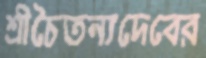
শ্রীচৈতন্যদেবের